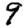
Digit: 9